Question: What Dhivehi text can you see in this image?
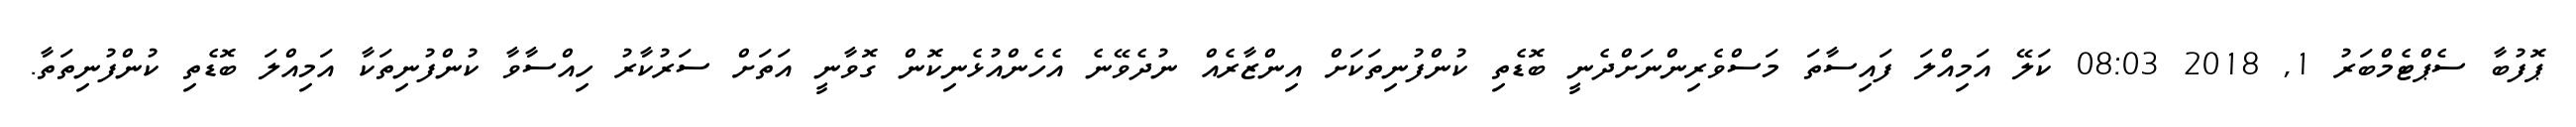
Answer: ޕޮފުބާ ސެޕްޓެމްބަރު 1, 2018 08:03 ކަލޭ އަމިއްލަ ފައިސާތަ މަސްވެރިންނަށްދެނީ ބޮޑެތި ކުންފުނިތަކަށް އިންޒާރެއް ނުދެވޭނެ އެހެންއުޅެނިކޮން ގޮވާނީ އަތަށް ސަރުކާރު ހިއްސާވާ ކުންފުނިތަކާ އަމިއްލަ ބޮޑެތި ކުންފުނިތަތާ.